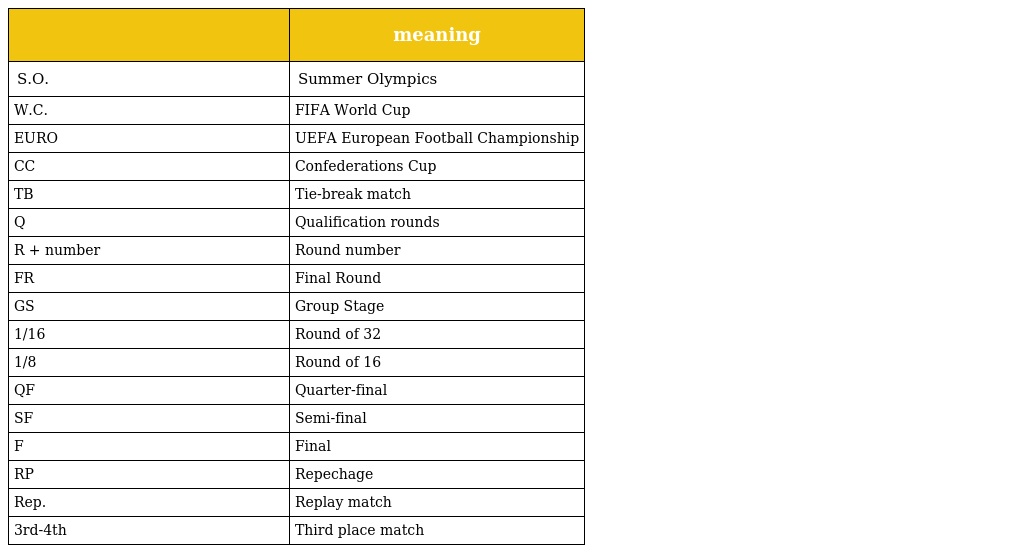
|  | meaning |
 | --- | --- |
 | S.O. | Summer Olympics |
 | W.C. | FIFA World Cup |
 | EURO | UEFA European Football Championship |
 | CC | Confederations Cup |
 | TB | Tie-break match |
 | Q | Qualification rounds |
 | R + number | Round number |
 | FR | Final Round |
 | GS | Group Stage |
 | 1/16 | Round of 32 |
 | 1/8 | Round of 16 |
 | QF | Quarter-final |
 | SF | Semi-final |
 | F | Final |
 | RP | Repechage |
 | Rep. | Replay match |
 | 3rd-4th | Third place match |